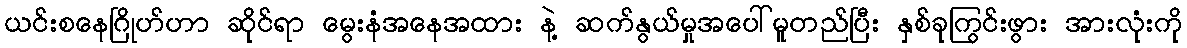
ယင်းစနေဂြိုဟ်ဟာ ဆိုင်ရာ မွေးနံအနေအထား နဲ့ ဆက်နွယ်မှုအပေါ်မူတည်ပြီး နှစ်ခုကြွင်းဖွား အားလုံးကို